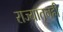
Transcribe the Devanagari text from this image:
राज्यातूनही